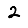
Digit: 2